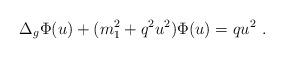
LaTeX: \begin{align*} \Delta_g \Phi(u) + (m_1^2+q^2 u^2) \Phi(u) = qu^2~. \end{align*}